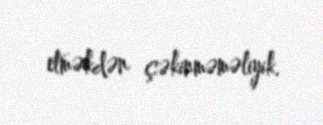
etməkdən çəkinməməliyik.